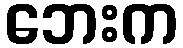
ဘေးက